Regulations for the medical services of the Army of India
Year: 1930
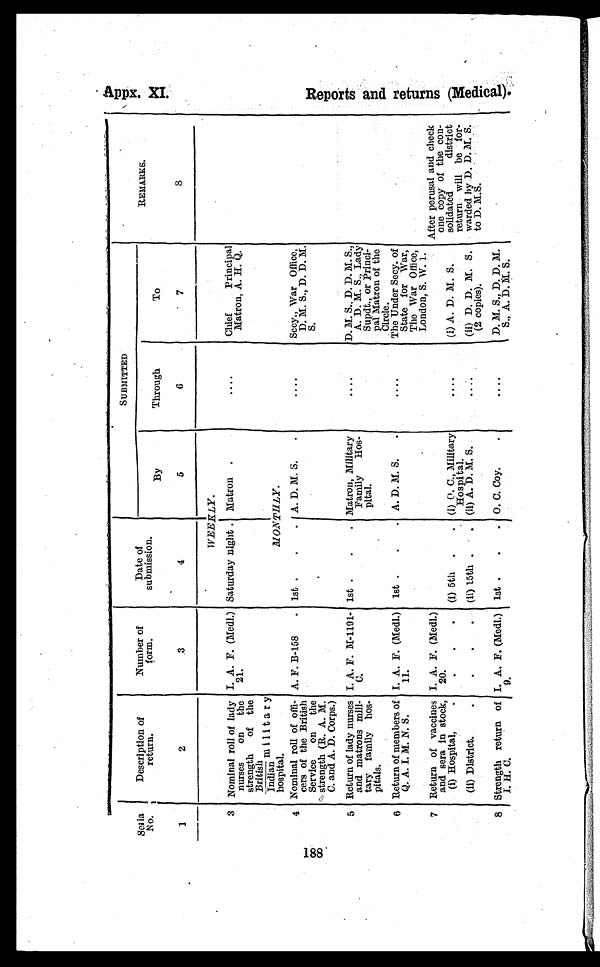
188
Description of
return.
Number of
form.
Date of
submission.
SUBMITTED
REMARKS.
By
Through
To
1
2
3
4
5
6
7
8
WEEKLY.
3 Nominal roll of lad
y nurses on the
strength of the
British
Indian
hospital.
I. A. F. (Medl.)
21.
Saturday night . Matron .
....
Chief Principal
Matron, A. H. Q.
M O N T H L Y .
4 Nominal roll of offi
¬cers of the British
Service on the
strength (R. A. M.
C. and A. D. Corps.)
A. F. B-158 . 1st....
A. D. M. S..
....
Secy., War Office,
D. M. S., D. D. M.
S.
5 Return of lady nurses
and matrons mill
¬tary family
h o s ¬ p i t a l s .
I. A. F. M-1191-
C.
1st... Matron, Military
Family Hos
¬pital.
....
D. M. S., D. D. M. S.,
A. D. M. S., Lady
Supdt., or Princi
¬pal Matron of the
Circle.
6 Return of members of
Q. A. I. M. N. S.
I. A. F. (Medl.)
11.
1st... A. D. M. S..
....
The Under Secy. of
State for War,
The War Office,
London, S. W. 1.
7 Return of vaccines
and sera in stock,
(i) Hospital,.
I. A. F. (Medl.)
20.
..
(i) 5th.. (i) O. C., Military
Hospital.
....
(i) A. D. M. S.
After perusal and check
one copy of the con
¬solidated district
return will be for
¬warded by D. D.M. S.
to D. M.S.
(ii) District..
...
(ii) 15th.
(ii) A. D. M. S.
. . . .
(ii) D. D. M. S.
(2 copies).
8 Strength return of
I. H. C.
I. A. F. (Medl.)
9
1st... o. C. Coy..
....
D. M. S., D. D. M.
S., A. D. M. S.
Appx XI .
R e p o r t s a n d r e t u r n s ( M e d i c a l ) . '